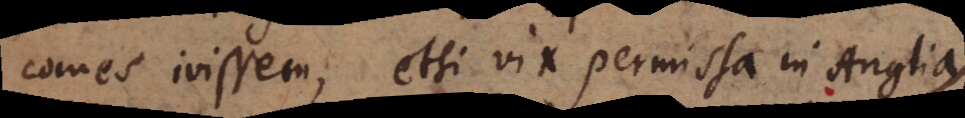
comes ivissem, etsi vix permissa in Anglia